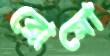
রোমো